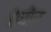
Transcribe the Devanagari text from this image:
बेणेर